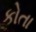
કોતા